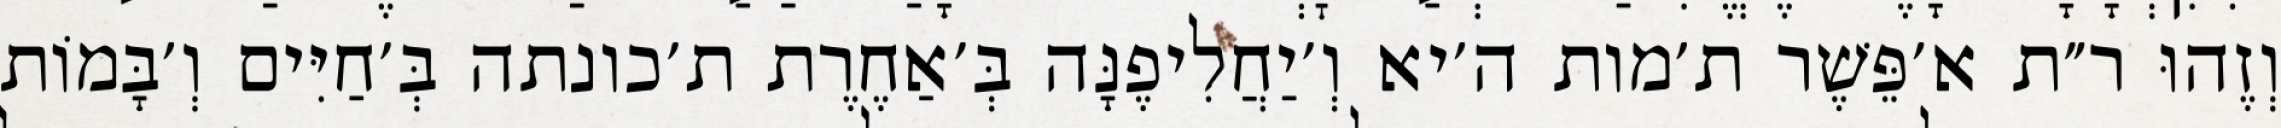
וְזֶהוּ ר״ת א׳פֵּשֶׁר ת׳מות ה׳יא וְ׳יַחֲלִיפֶנָּה בְּ׳אַחֶרֶת ת׳כונתה בְּ׳חַיִּים וְ׳בָּמוֹת